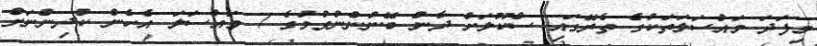
މިފަދަ މައްސަލަތަކުގެ ތެރޭގައި ސްކޫލަށް ދާން ބޭނުންނުވުމުގެ 7 މައްސަލަ އެހެން ކުދިންނަށް